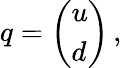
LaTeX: q=\left(\begin{array}{l}{{u}}\\ {{d}}\end{array}\right)\, ,